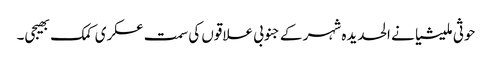
حوثی ملیشیا نے الحدیدہ شہر کے جنوبی علاقوں کی سمت عسکری کمک بھیجی۔